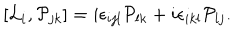
[ { \cal L } _ { i } , { \cal P } _ { j k } ] = i { \epsilon } _ { i j l } { \cal P } _ { l k } + i { \epsilon } _ { i k l } { \cal P } _ { l j } .